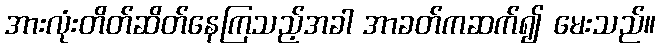
အားလုံးတိတ်ဆိတ်နေကြသည့်အခါ အာခတ်ကဆက်၍ မေးသည်။